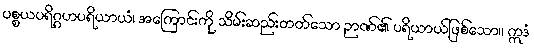
ပစ္စယပရိဂ္ဂဟပရိယာယံ၊ အကြောင်းကို သိမ်းဆည်းတတ်သော ဉာဏ်၏ ပရိယာယ်ဖြစ်သော။ ဣဒံ